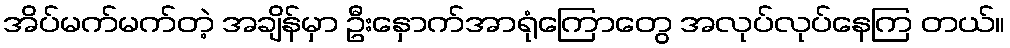
အိပ်မက်မက်တဲ့ အချိန်မှာ ဦးနှောက်အာရုံကြောတွေ အလုပ်လုပ်နေကြ တယ်။